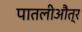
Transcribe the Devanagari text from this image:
पातलीऔत्र